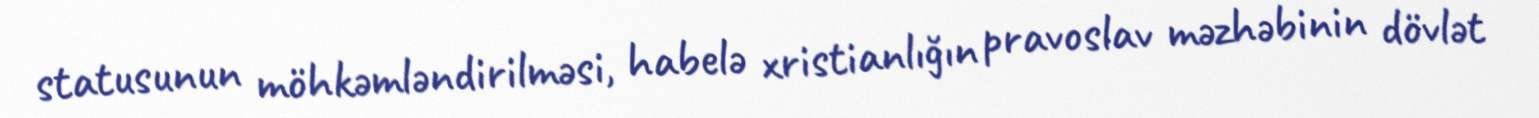
statusunun möhkəmləndirilməsi, habelə xristianlığın pravoslav məzhəbinin dövlət